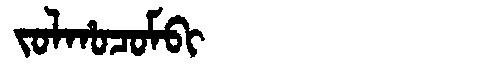
Manchu: ᠵᠣᠯᡥᠣᠴᠣᠮᠪᡳ
Romanization: JOLHOCOMBI